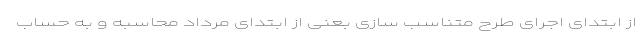
از ابتدای اجرای طرح متناسب سازی بعنی از ابتدای مرداد محاسبه و به حساب